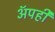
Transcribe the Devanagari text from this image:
अॅपही